Annual report on the working of the lock hospitals in the North-Western Provinces and Oudh
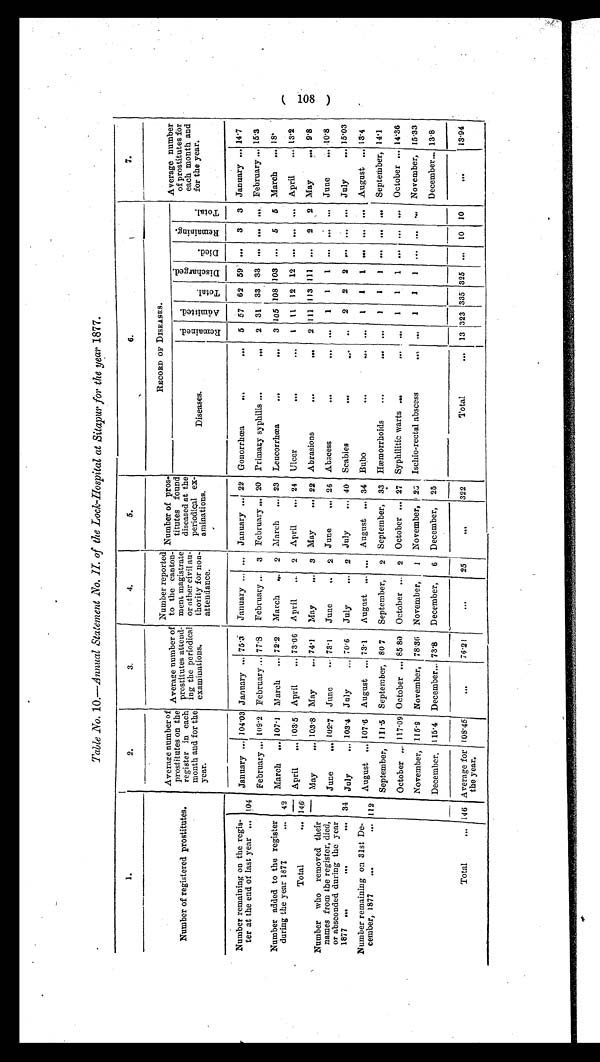
Table No. 10 .—Annual Statement No. II. of the Lock-Hospital at Sitapur for the year 1877.
1.
2.
3.
4.
5.
6.
7.
Number of registered prostitutes.
Averag e number of
prostitutes on the
register in each
month and for the
year.
Average number of
prostitutes attend-
ing the periodical
examinations.
Number reported
to the canton-
ment magistrate
or other civil au-
thority for non-
attendance.
Number of pros-
titutes found
diseased at the
periodical ex-
aminations.
RECORD OF DISEASES.
Average number
of prostitutes for
each month and
for the year.
Diseases.
R e m a i n e d . Admi t t ed.
Total .
Di s c ha r ge d.
D i e d .
Re ma i n i n g .
Total.
Number remaining on the regis-
ter at the end of last year ... 104
January ... 104.03 January ... 75.3
January ... ... January ... 22 Gonorrhœa
...
...
5 57 62 59 ...
3
3 January ... 14.7
February 109.2 February ... 77.8
February ... 3 February ... 20 Primary syphilis ...
..,
2 31 33 33 ... ... ... February ... 15.3
Number added to the register
during the year 1877
... 42
March. ... 107 . 1 March ... 72 .2
March ... 2 March ... 23 Leucorrhœa
...
3 105 108 103 ...
5
5 March ... 18.
Total
... 146
April
... 103.5 April
... 73.06 April
... 2 April
... 24 Ulcer
•••
•••
1 11 12 12 ... ... ... April
... 13. 2
May
,.. 103.8 May
... 74.1
May
... 3 May
... 22 Abrasions
...
...
2 111 113 111 ...
2
2 May
... 9.8
Number who removed their
names from the register, died,
or absconded during the year
1877 ...
•.•
"
June
... 102.7 June
..- 73.1
June
..
2 June
... 26 Abscess
•••
... ...
1
1
1 ... ... ... June
... 10.8
34 July
„. 103.4 July
•.. 70.6
July
... 2 July ... 40 Scabies
...
2
2 2 ... ... ... July
... 15.03
Number remaining on 31st De-
cember, 1877
...
... 112
August ... 107.6 August „ 73. 1
August ,., ... August .., 34 Bubo
...
1
1
1 ... ... ... August ... 13.4
September, 111.5 September, 80.7
September,
2 September, 33 Hæmorrhoids
...
...
1
1
1 ... ... ... September, 14.1
October ,.. 117.09 October ... 85.80 October ... 2 October ... 27 Syphilitic warts ...
...
1 1
1 ... ... ... October ... 14.36
November, 115.9 November, 78.36 November,
1 November, 23 Ischio-rectal abscess
.., ...
1
1
1 ... ... ... November, 15.33
December, 115.4 December... 73.8
December,
6 December, 25
December... 13.8
Total
... 146 Average for
the year.
108.45
. . .
76.21
...
25
. . .
322
Total
... 13
3 2 3
335 325 ... 10 10
. . .
13.94
( 108 )